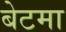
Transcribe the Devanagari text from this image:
बेटमा